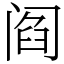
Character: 阎